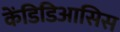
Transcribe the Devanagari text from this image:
केंडिडिआसिस